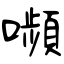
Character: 嚬